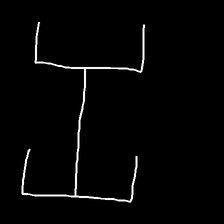
Glyph: entwine